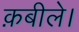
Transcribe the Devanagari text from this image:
क़बीले।